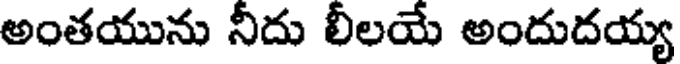
అంతయును నీదు లీలయే అందుదయ్య